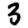
Digit: 3